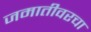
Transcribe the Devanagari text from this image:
जमातीवरचा